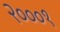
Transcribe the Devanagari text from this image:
२०००१